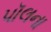
પૉલના